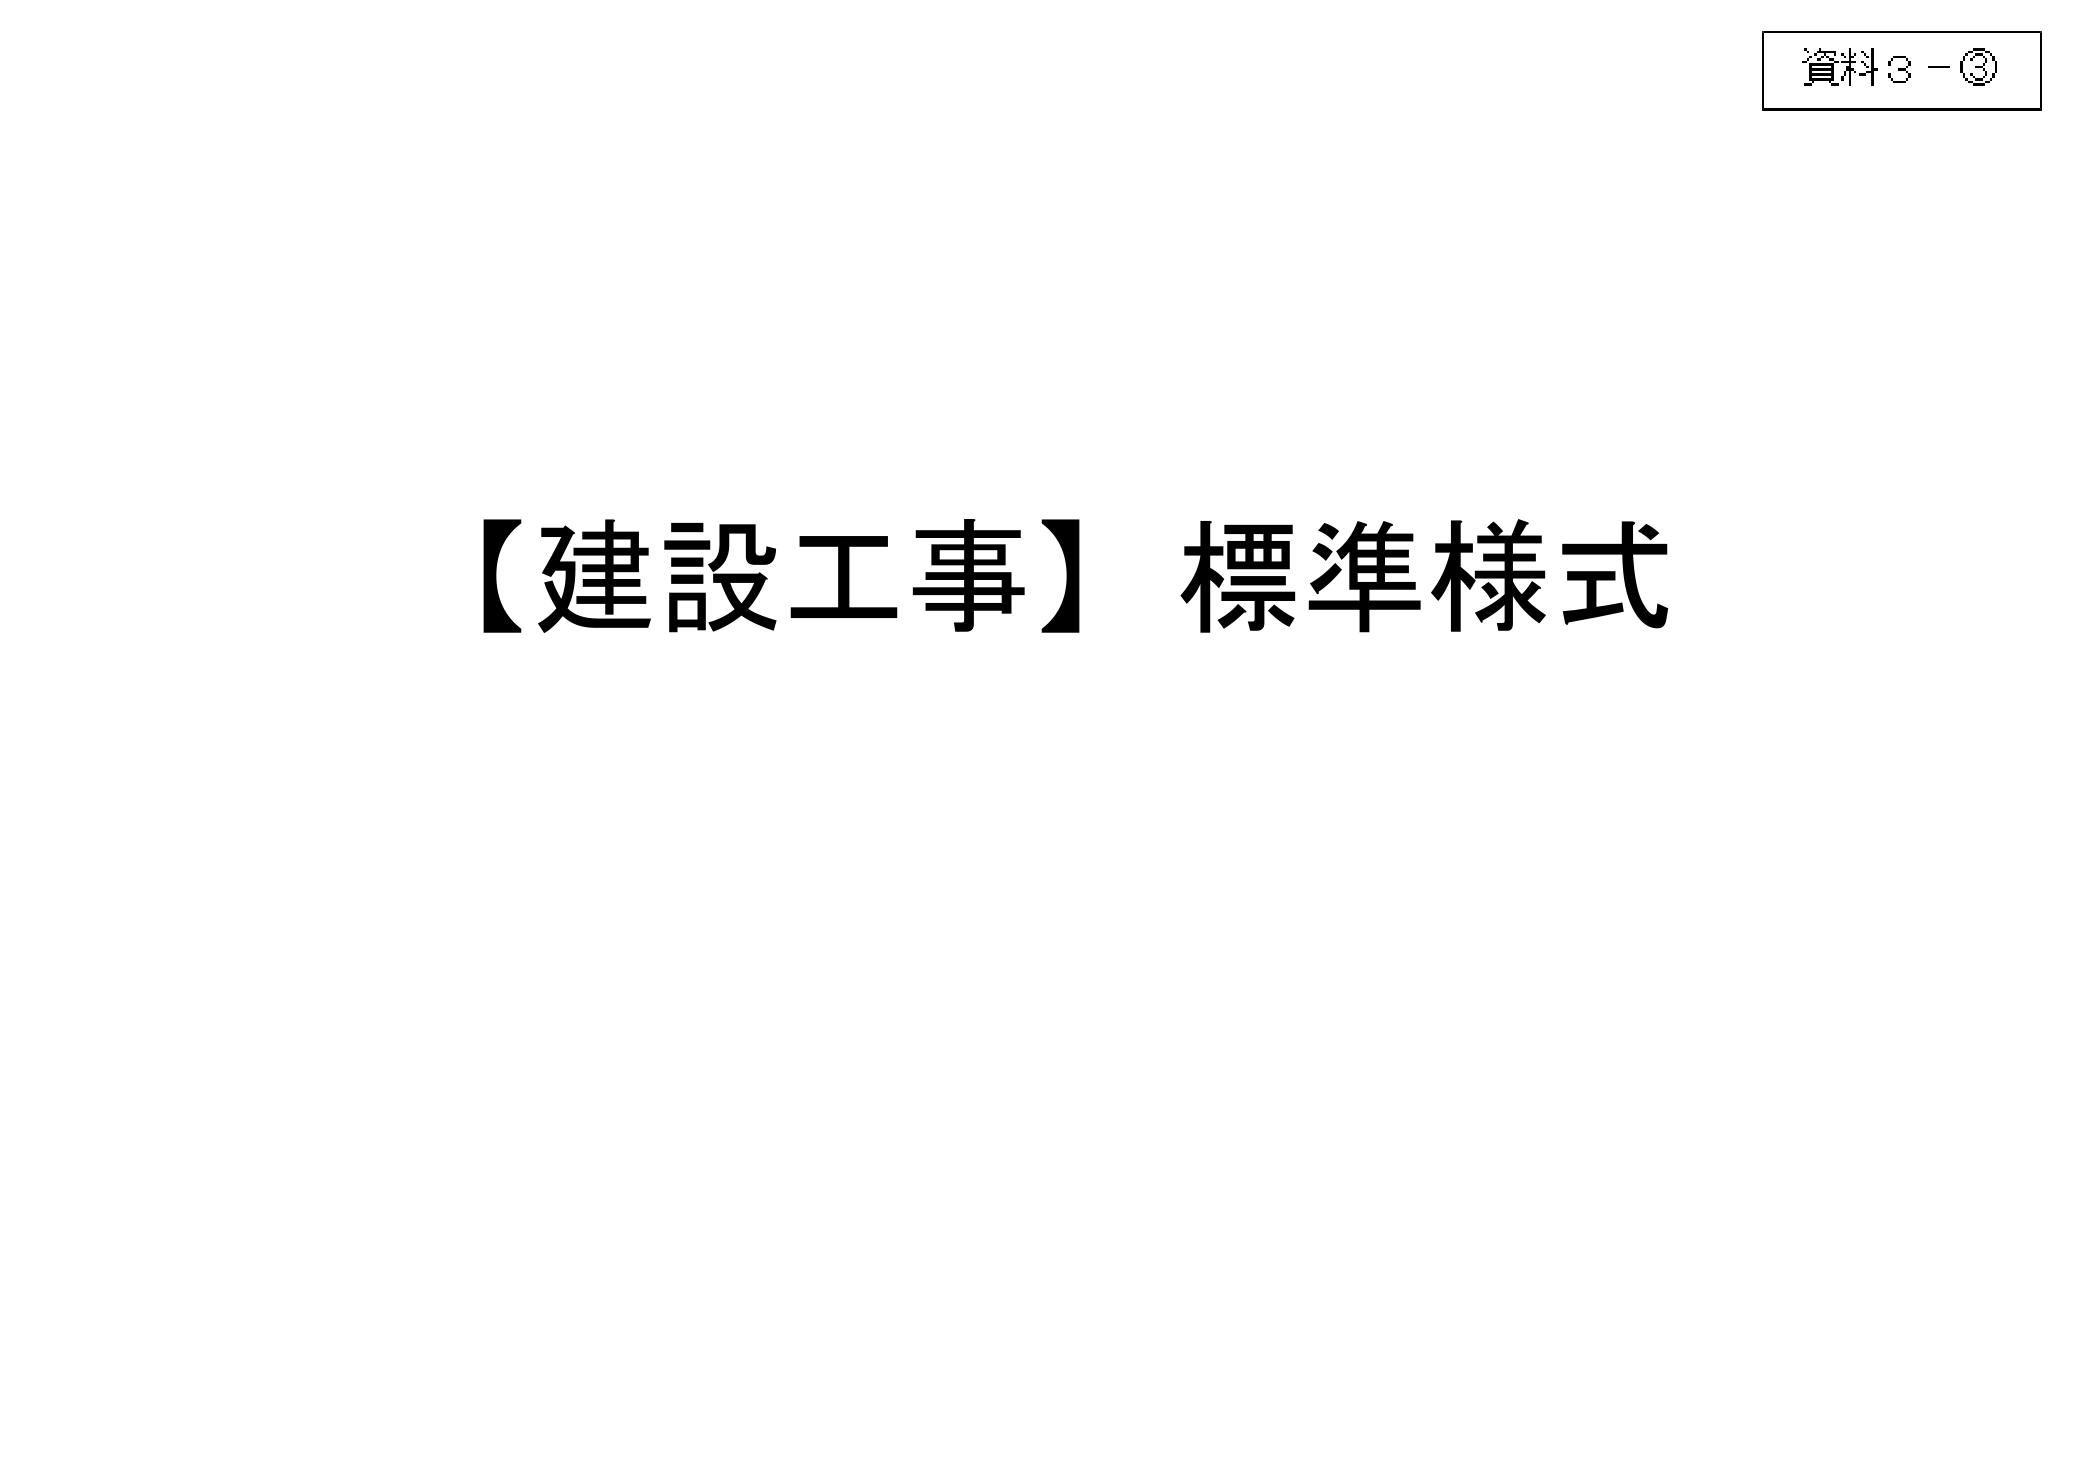
資料3－⑧
【建設工事】標準様式